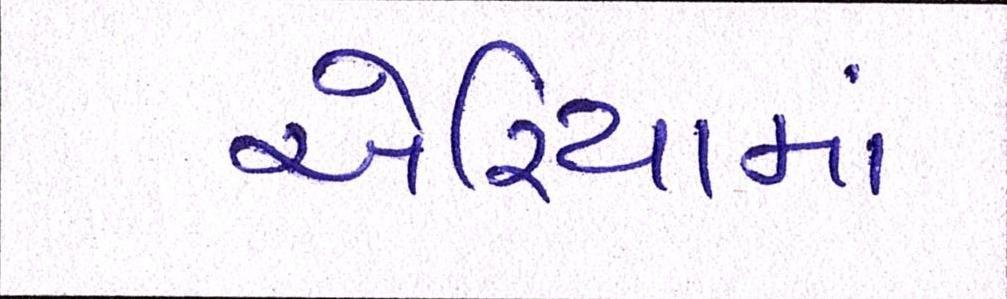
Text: એરિયામાં